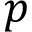
p